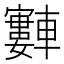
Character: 𫐂